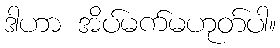
ဒါဟာ အိပ်မက်မဟုတ်ပါ။